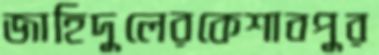
জাহিদুলেরকেশাবপুর